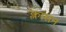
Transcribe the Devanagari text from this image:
क्लासन